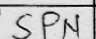
Transcription: SPN